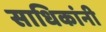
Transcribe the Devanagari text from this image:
साधिकांनी